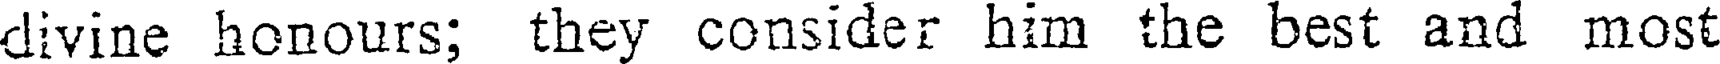
divine honours; they consider him the best and most